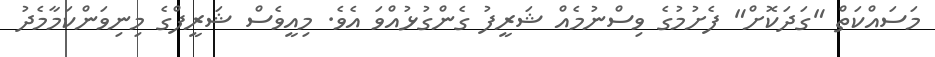
މަސައްކަތް "ގަދަކޮށް" ފެށުމުގެ ވިސްނުމެއް ޝަރީފު ގެންގުޅުއްވަ އެވެ. މިއީވެސް ޝަރީފްގެ މިނިވަންކަމާމެދު